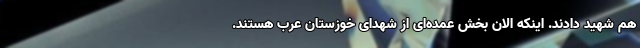
هم شهید دادند. اینکه الان بخش عمده‌ای از شهدای خوزستان عرب هستند.